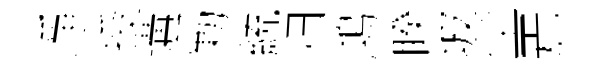
凈授遘勦統归鴻睽坡尘焉